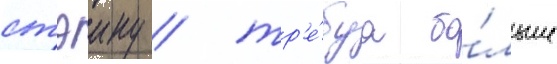
стэину / тр'е́буа бо́льше